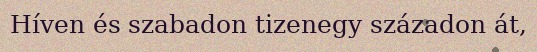
Híven és szabadon tizenegy századon át,